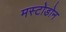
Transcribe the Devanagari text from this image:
मस्टोडोन